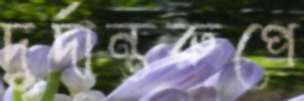
দুর্দান্তরুপে